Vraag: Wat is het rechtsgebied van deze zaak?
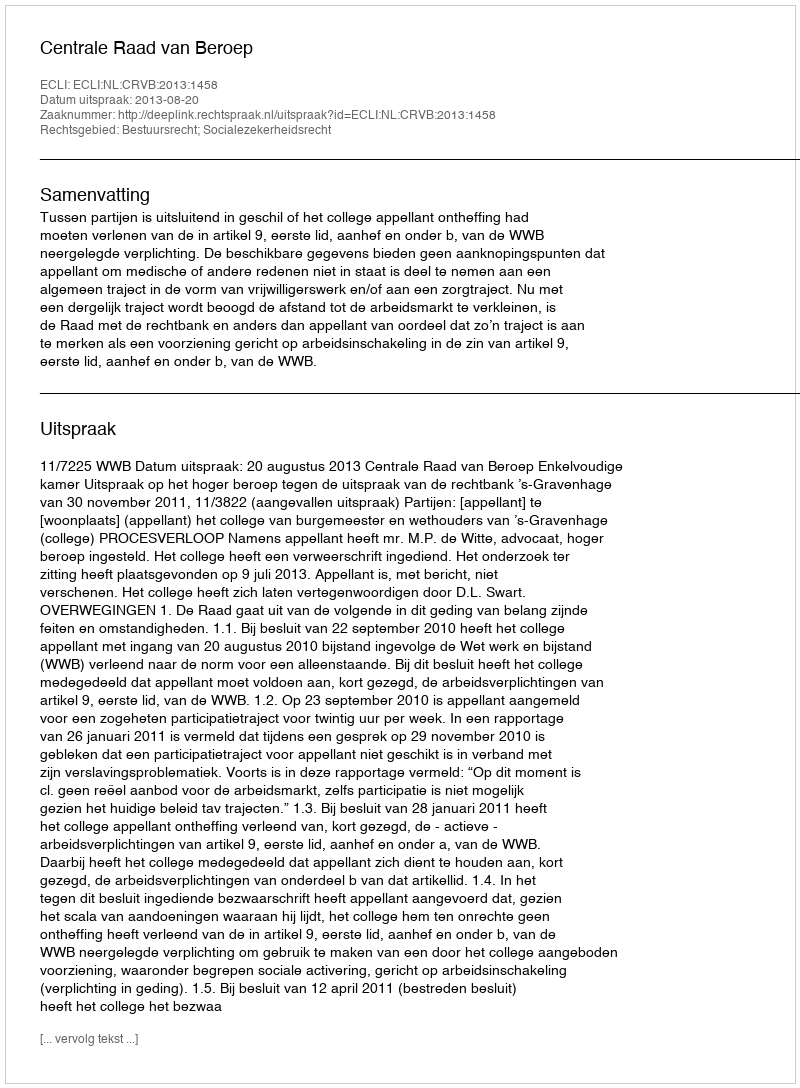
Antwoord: Bestuursrecht; Socialezekerheidsrecht